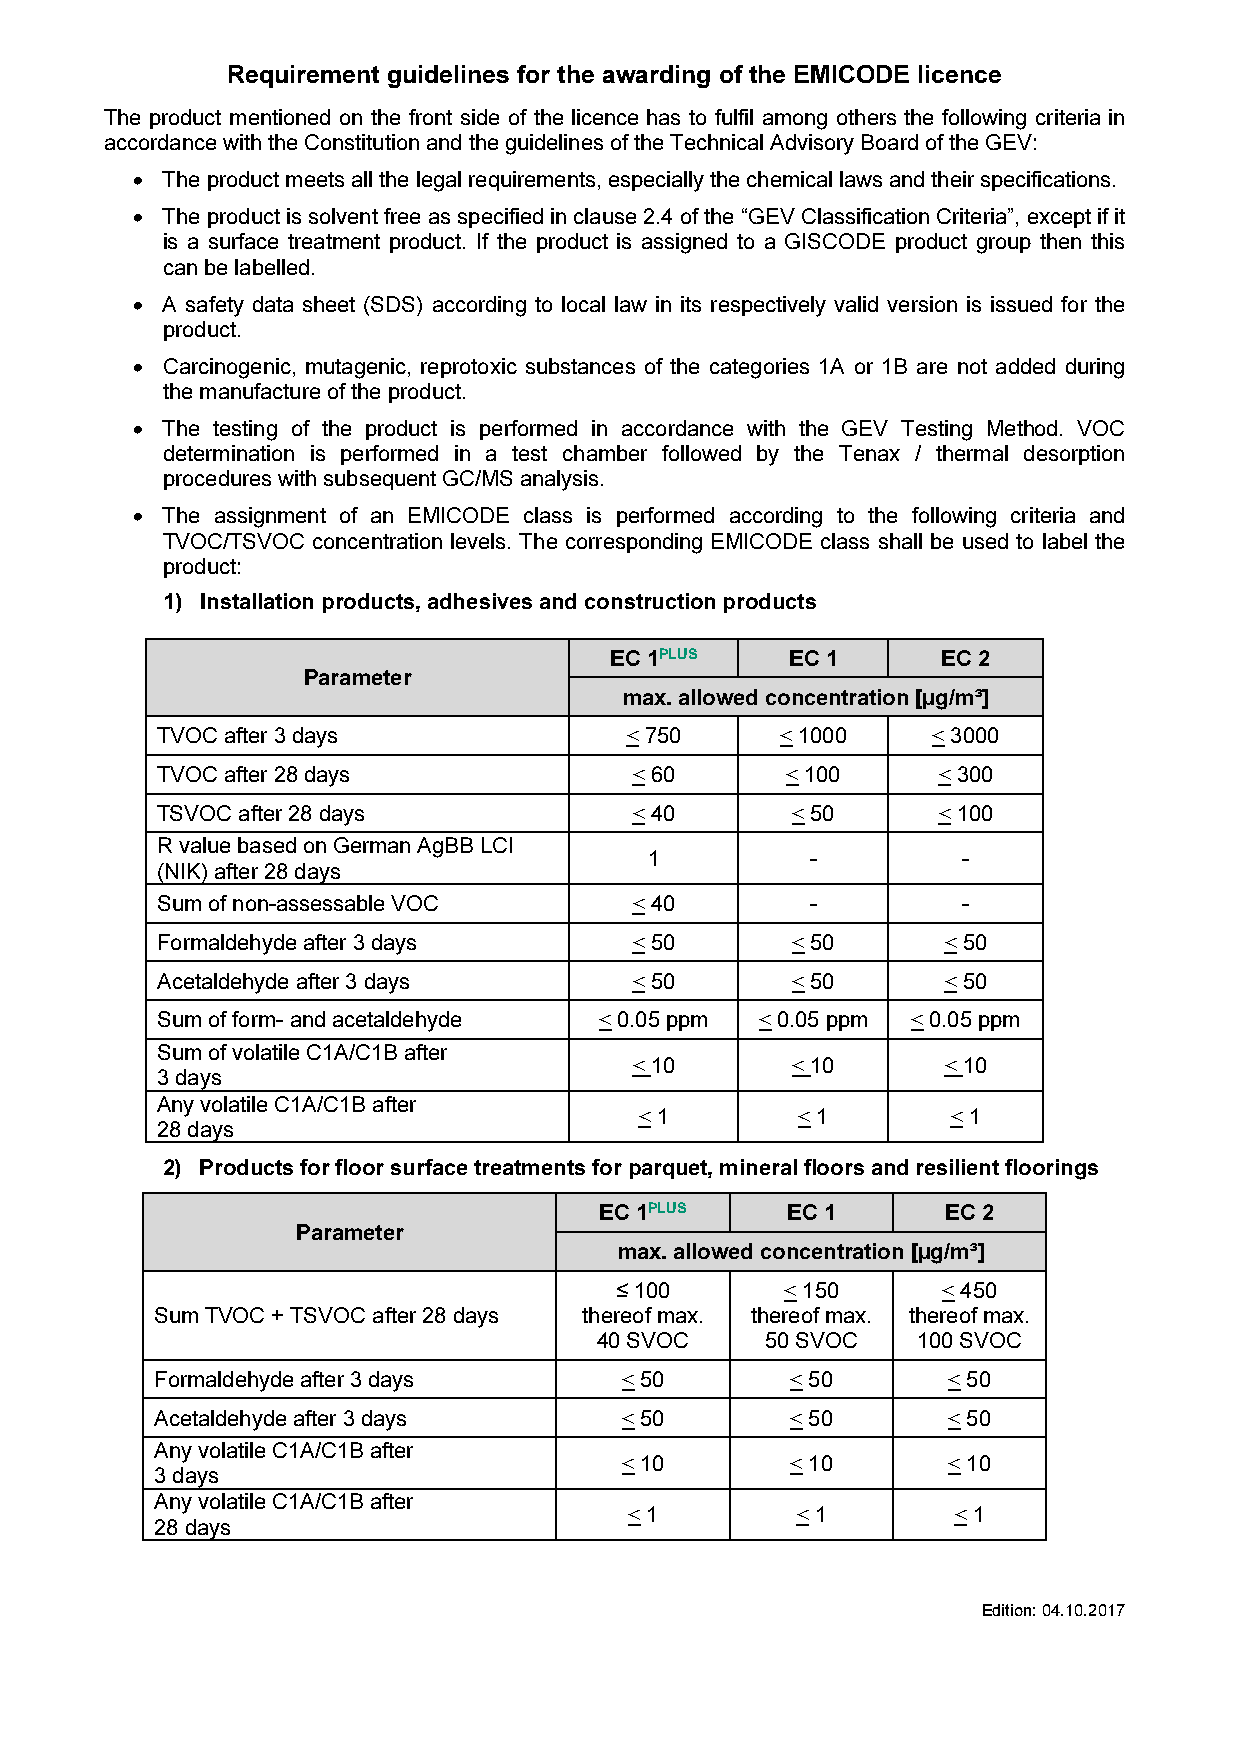
Requirement guidelines for the awarding of the EMICODE licence
 The product mentioned on the front side of the licence has to fulfil among others the following criteria in
 accordance with the Constitution and the guidelines of the Technical Advisory Board of the GEV:
  The product meets all the legal requirements, especially the chemical laws and their specifications.
  The product is solvent free as specified in clause 2.4 of the “GEV Classification Criteria”, except if it
 is a surface treatment product. If the product is assigned to a GISCODE product group then this
 can be labelled.
  A safety data sheet (SDS) according to local law in its respectively valid version is issued for the
 product.
  Carcinogenic, mutagenic, reprotoxic substances of the categories 1A or 1B are not added during
 the manufacture of the product.
  The testing of the product is performed in accordance with the GEV Testing Method. VOC
 determination is performed in a test chamber followed by the Tenax / thermal desorption
 procedures with subsequent GC/MS analysis.
  The assignment of an EMICODE class is performed according to the following criteria and
 TVOC/TSVOC concentration levels. The corresponding EMICODE class shall be used to label the
 product:
 1) Installation products, adhesives and construction products
 EC 1PLUS    EC 1      EC 2
 Parameter
 max. allowed concentration [µg/m³]
 TVOC after 3 days              < 750      < 1000    < 3000
 TVOC after 28 days              < 60      < 100     < 300
 TSVOC after 28 days             < 40      < 50      < 100
 R value based on German AgBB LCI
 1          -         -
 (NIK) after 28 days
 Sum of non-assessable VOC       < 40        -         -
 Formaldehyde after 3 days       < 50      < 50       < 50
 Acetaldehyde after 3 days       < 50      < 50       < 50
 Sum of form- and acetaldehyde < 0.05 ppm < 0.05 ppm < 0.05 ppm
 Sum of volatile C1A/C1B after
 < 10      < 10       < 10
 3 days
 Any volatile C1A/C1B after
 < 1        < 1       < 1
 28 days
 2) Products for floor surface treatments for parquet, mineral floors and resilient floorings
 EC 1PLUS    EC 1       EC 2
 Parameter
 max. allowed concentration [µg/m³]
 ≤ 100      < 150     < 450
 Sum TVOC + TSVOC after 28 days thereof max. thereof max. thereof max.
 40 SVOC    50 SVOC   100 SVOC
 Formaldehyde after 3 days      < 50       < 50       < 50
 Acetaldehyde after 3 days      < 50       < 50       < 50
 Any volatile C1A/C1B after
 < 10       < 10       < 10
 3 days
 Any volatile C1A/C1B after
 < 1        < 1       < 1
 28 days
 Edition: 04.10.2017